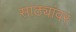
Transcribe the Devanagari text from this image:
साठ्यांवर